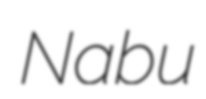
Nabu